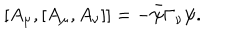
[ A _ { \mu } , [ A _ { \mu } , A _ { \nu } ] ] = - \bar { \psi } \Gamma _ { \nu } \psi .